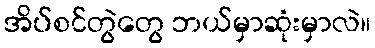
အိပ်စင်တွဲတွေ ဘယ်မှာဆုံးမှာလဲ။